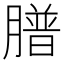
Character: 𦡮